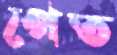
পেত